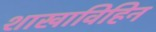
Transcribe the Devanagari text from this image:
शाखाविहिन